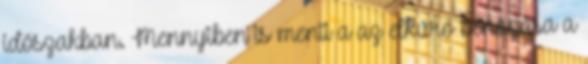
időszakban. Mennyiben is menti a az elkúró bénázása a